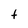
Character: t